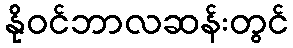
နိုဝင်ဘာလဆန်းတွင်